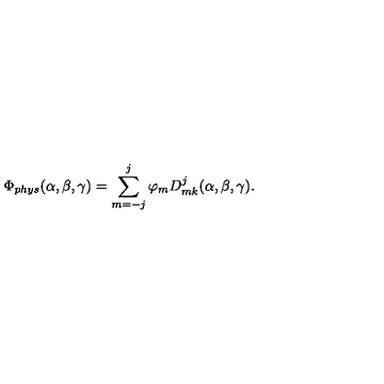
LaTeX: \Phi _ { p h y s } ( \alpha , \beta , \gamma ) = \sum _ { m = - j } ^ { j } \varphi _ { m } D _ { m k } ^ { j } ( \alpha , \beta , \gamma ) .